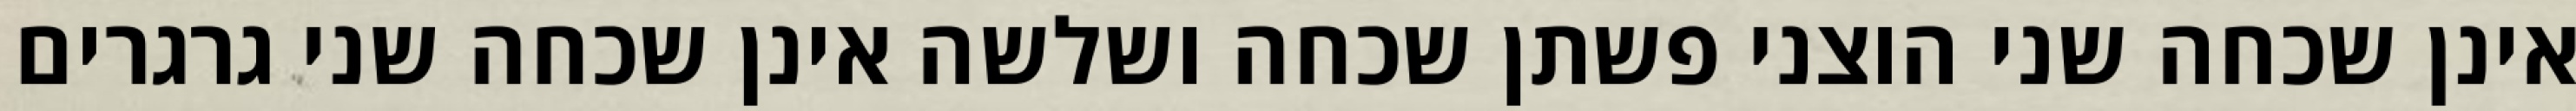
אינן שכחה שני הוצני פשתן שכחה ושלשה אינן שכחה שני גרגרים